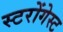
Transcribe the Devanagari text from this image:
स्टरोंगेस्ट